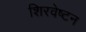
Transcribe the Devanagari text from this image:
शिरवेष्टन